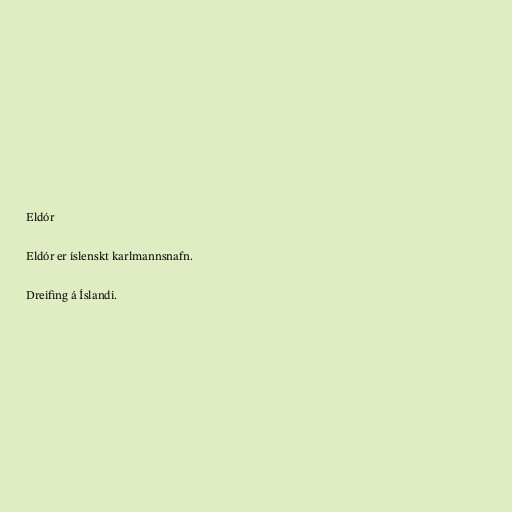
Eldór

Eldór er íslenskt karlmannsnafn.

Dreifing á Íslandi.